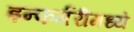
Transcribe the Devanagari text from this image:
इन्फर्मरीमध्ये